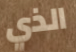
الذي